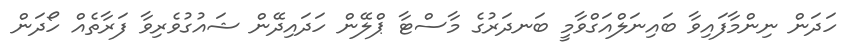
ހަދަން ނިންމާފައިވާ ބައިނަލްއަގްވާމީ ބަނދަރުގެ މާސްޓާ ޕްލޭން ހަދައިދޭން ޝައުގުވެރިވާ ފަރާތެއް ހޯދަން